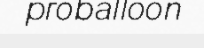
proballoon